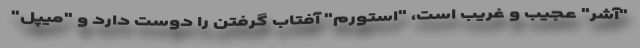
"آشر" عجیب و غریب است، "استورم" آفتاب گرفتن را دوست دارد و "میپل"